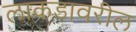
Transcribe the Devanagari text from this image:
लाकडावरील